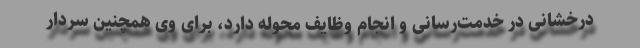
درخشانی در خدمت‌رسانی و انجام وظایف محوله دارد، برای وی همچنین سردار